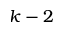
k - 2